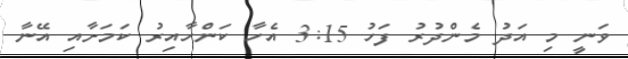
ވަނީ މި އަދު މެންދުރު ފަހު 3:15 އެހާ ކަންހާއިރު ކަމަށާއި އޭނާ